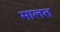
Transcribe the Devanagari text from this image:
मालत